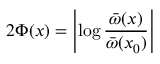
2 \Phi ( x ) = \left| \log \frac { { \bar { \omega } } ( x ) } { { \bar { \omega } } ( x _ { 0 } ) } \right|